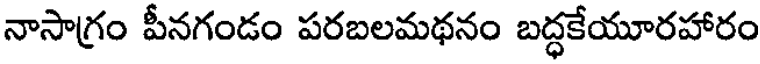
నాసాగ్రం పీనగండం పరబలమథనం బద్ధకేయూరహారం